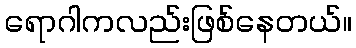
ရောဂါကလည်းဖြစ်နေတယ်။